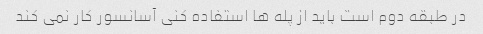
در طبقه دوم است باید از پله ها استفاده کنی آسانسور کار نمی کند